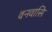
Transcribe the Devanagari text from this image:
वनवासि